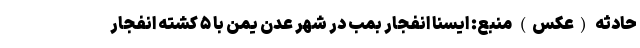
حادثه (عکس) منبع: ایسنا انفجار بمب در شهر عدن یمن با ۵ کشته انفجار